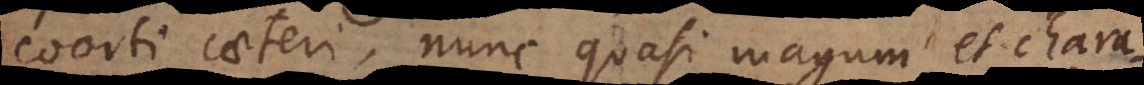
coorti caeteri, nunc quasi magum et chara